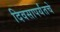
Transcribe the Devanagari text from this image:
दिवसापर्यंतचे